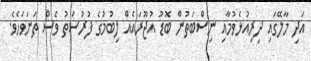
އަދި މާލޭގައި ދިރިއުޅެވުމާއި ނިސްބަތުން ބޮޑު އުޖޫރައެއް ލިބުމުގެ ފުރުސަތު ވެސް ތަނަވަހެވެ.